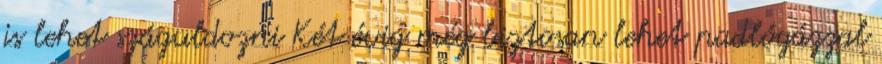
is lehet száguldozni Két évig még biztosan lehet padlógázzal